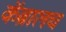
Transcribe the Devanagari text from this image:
कॅब्रालच